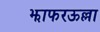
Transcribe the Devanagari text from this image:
झाफरऊल्ला